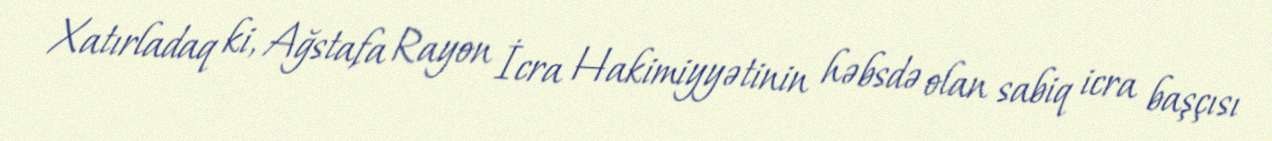
Xatırladaq ki, Ağstafa Rayon İcra Hakimiyyətinin həbsdə olan sabiq icra başçısı